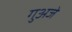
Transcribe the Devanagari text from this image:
गुअजे